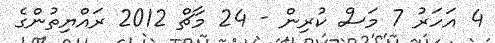
4 އަހަރު 7 މަސް ކުރިން - 24 މާޗް 2012 ރައްޔިތުންގެ